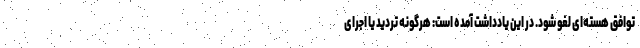
توافق هسته‌ای لغو شود. در این یادداشت آمده است: هرگونه تردید یا اجرای